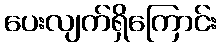
ပေးလျက်ရှိကြောင်း